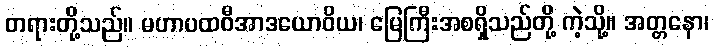
တရားတို့သည်။ မဟာပထဝီအာဒယောဝိယ၊ မြေကြီးအစရှိသည်တို့ ကဲ့သို့။ အတ္တနော၊